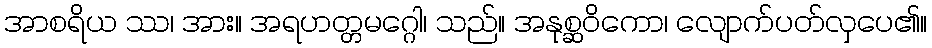
အာစရိယ ဿ၊ အား။ အရဟတ္တမဂ္ဂေါ၊ သည်။ အနုစ္ဆဝိကော၊ လျောက်ပတ်လှပေ၏။